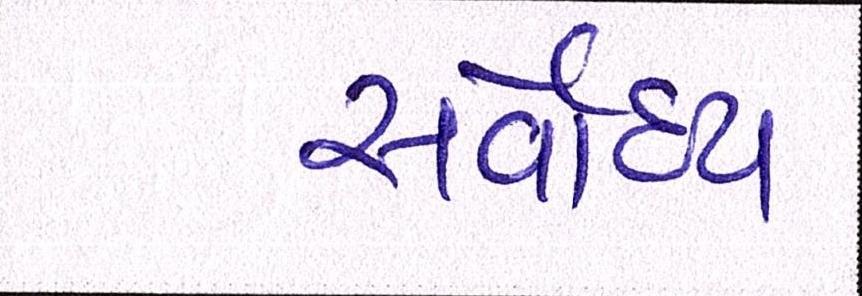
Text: સર્વોદય